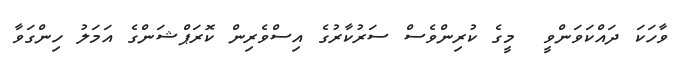
ވާހަކަ ދައްކަވަންވީ  މީގެ ކުރިންވެސް ސަރުކާރުގެ އިސްވެރިން ކޮރަޕްޝަންގެ އަމަލު ހިންގަވާ